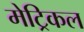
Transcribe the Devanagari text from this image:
मेट्रिकल